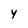
Character: 4